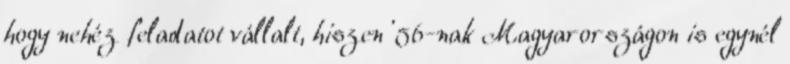
hogy nehéz feladatot vállalt, hiszen '56-nak Magyarországon is egynél